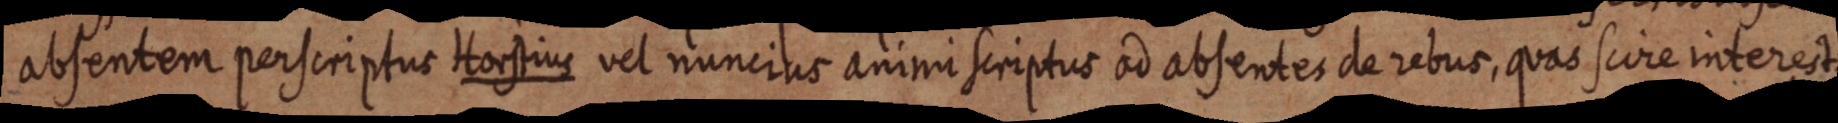
absentem perscriptus Horstius vel nuncius animi scriptus ad absentes de rebus, quas scire interest.